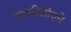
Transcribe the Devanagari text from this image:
एचपीसीएने